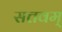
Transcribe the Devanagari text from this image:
सत्तवम्‌